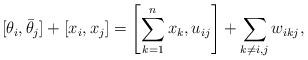
LaTeX: \begin{gather*}[\theta_i,{\bar \theta_j}] +[x_i,x_j] = \left[\sum_{k=1}^{n} x_k , u_{ij}\right] +\sum_{k \not= i,j} w_{ikj},\end{gather*}